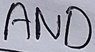
Text: AND